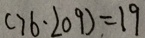
( 7 6 \cdot 2 0 9 ) = 1 9